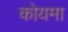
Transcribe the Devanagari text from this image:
कोयमा